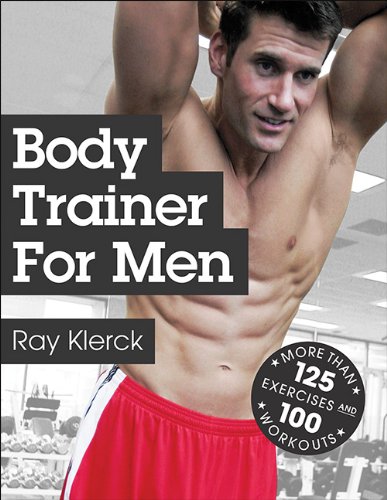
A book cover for Body Trainer for Men; Ray Klerck; Sports & Outdoors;